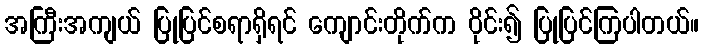
အကြီးအကျယ် ပြုပြင်စရာရှိရင် ကျောင်းတိုက်က ဝိုင်း၍ ပြုပြင်ကြပါတယ်။